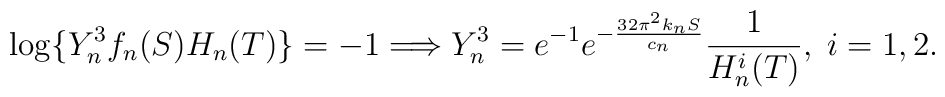
\log\{Y_n^3 f_n(S) H_n(T)\}=-1 \Longrightarrow Y_n^3 =e^{-1}e^{-\frac{32\pi^2 k_n S}{c_n}}\frac{1}{H_n^i(T)},\;i = 1,2.